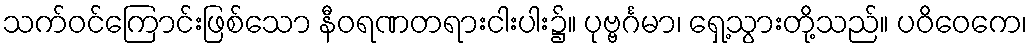
သက်ဝင်ကြောင်းဖြစ်သော နီဝရဏတရားငါးပါး၌။ ပုဗ္ဗင်္ဂမာ၊ ရှေ့သွားတို့သည်။ ပဝိဝေကေ၊